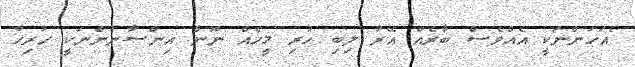
"އަހަންނަކީ އެއްވެސް ބާރެއް އޭރު ލިބި ހުރި މީހެއް ނޫން އިންސާނުންނަކީ ހުރިހާ